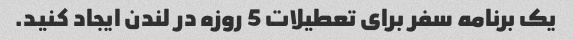
یک برنامه سفر برای تعطیلات 5 روزه در لندن ایجاد کنید.